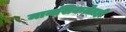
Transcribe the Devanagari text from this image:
मानसिकतेतही